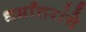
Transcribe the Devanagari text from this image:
धर्मांतरांचे